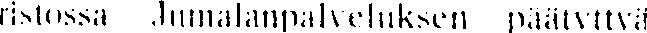
ristossa Jumalanpalveluksen päätyttyä